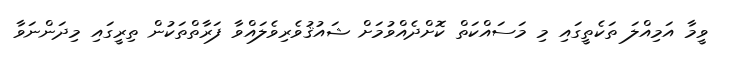
ވީމާ އަމިއްލަ ތަކެތީގައި މި މަސައްކަތް ކޮށްދެއްވުމަށް ޝައުޤުވެރިވެލައްވާ ފަރާތްތަކުން ތިރީގައި މިދަންނަވާ